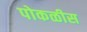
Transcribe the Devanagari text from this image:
पोकळीस